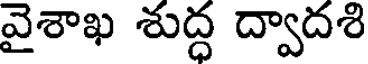
వైశాఖ శుద్ధ ద్వాదశి